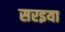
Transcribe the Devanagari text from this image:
सरइया